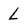
Character: L